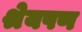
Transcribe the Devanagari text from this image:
श्रेयपण